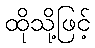
ထိုသို့ဖြင့်